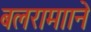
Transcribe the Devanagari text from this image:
बलरामााने